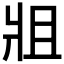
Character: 𤕲